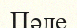
Пәле